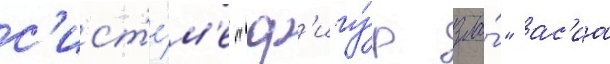
с'ист'е́м'е "ф'игу́р зла́" ас'иа